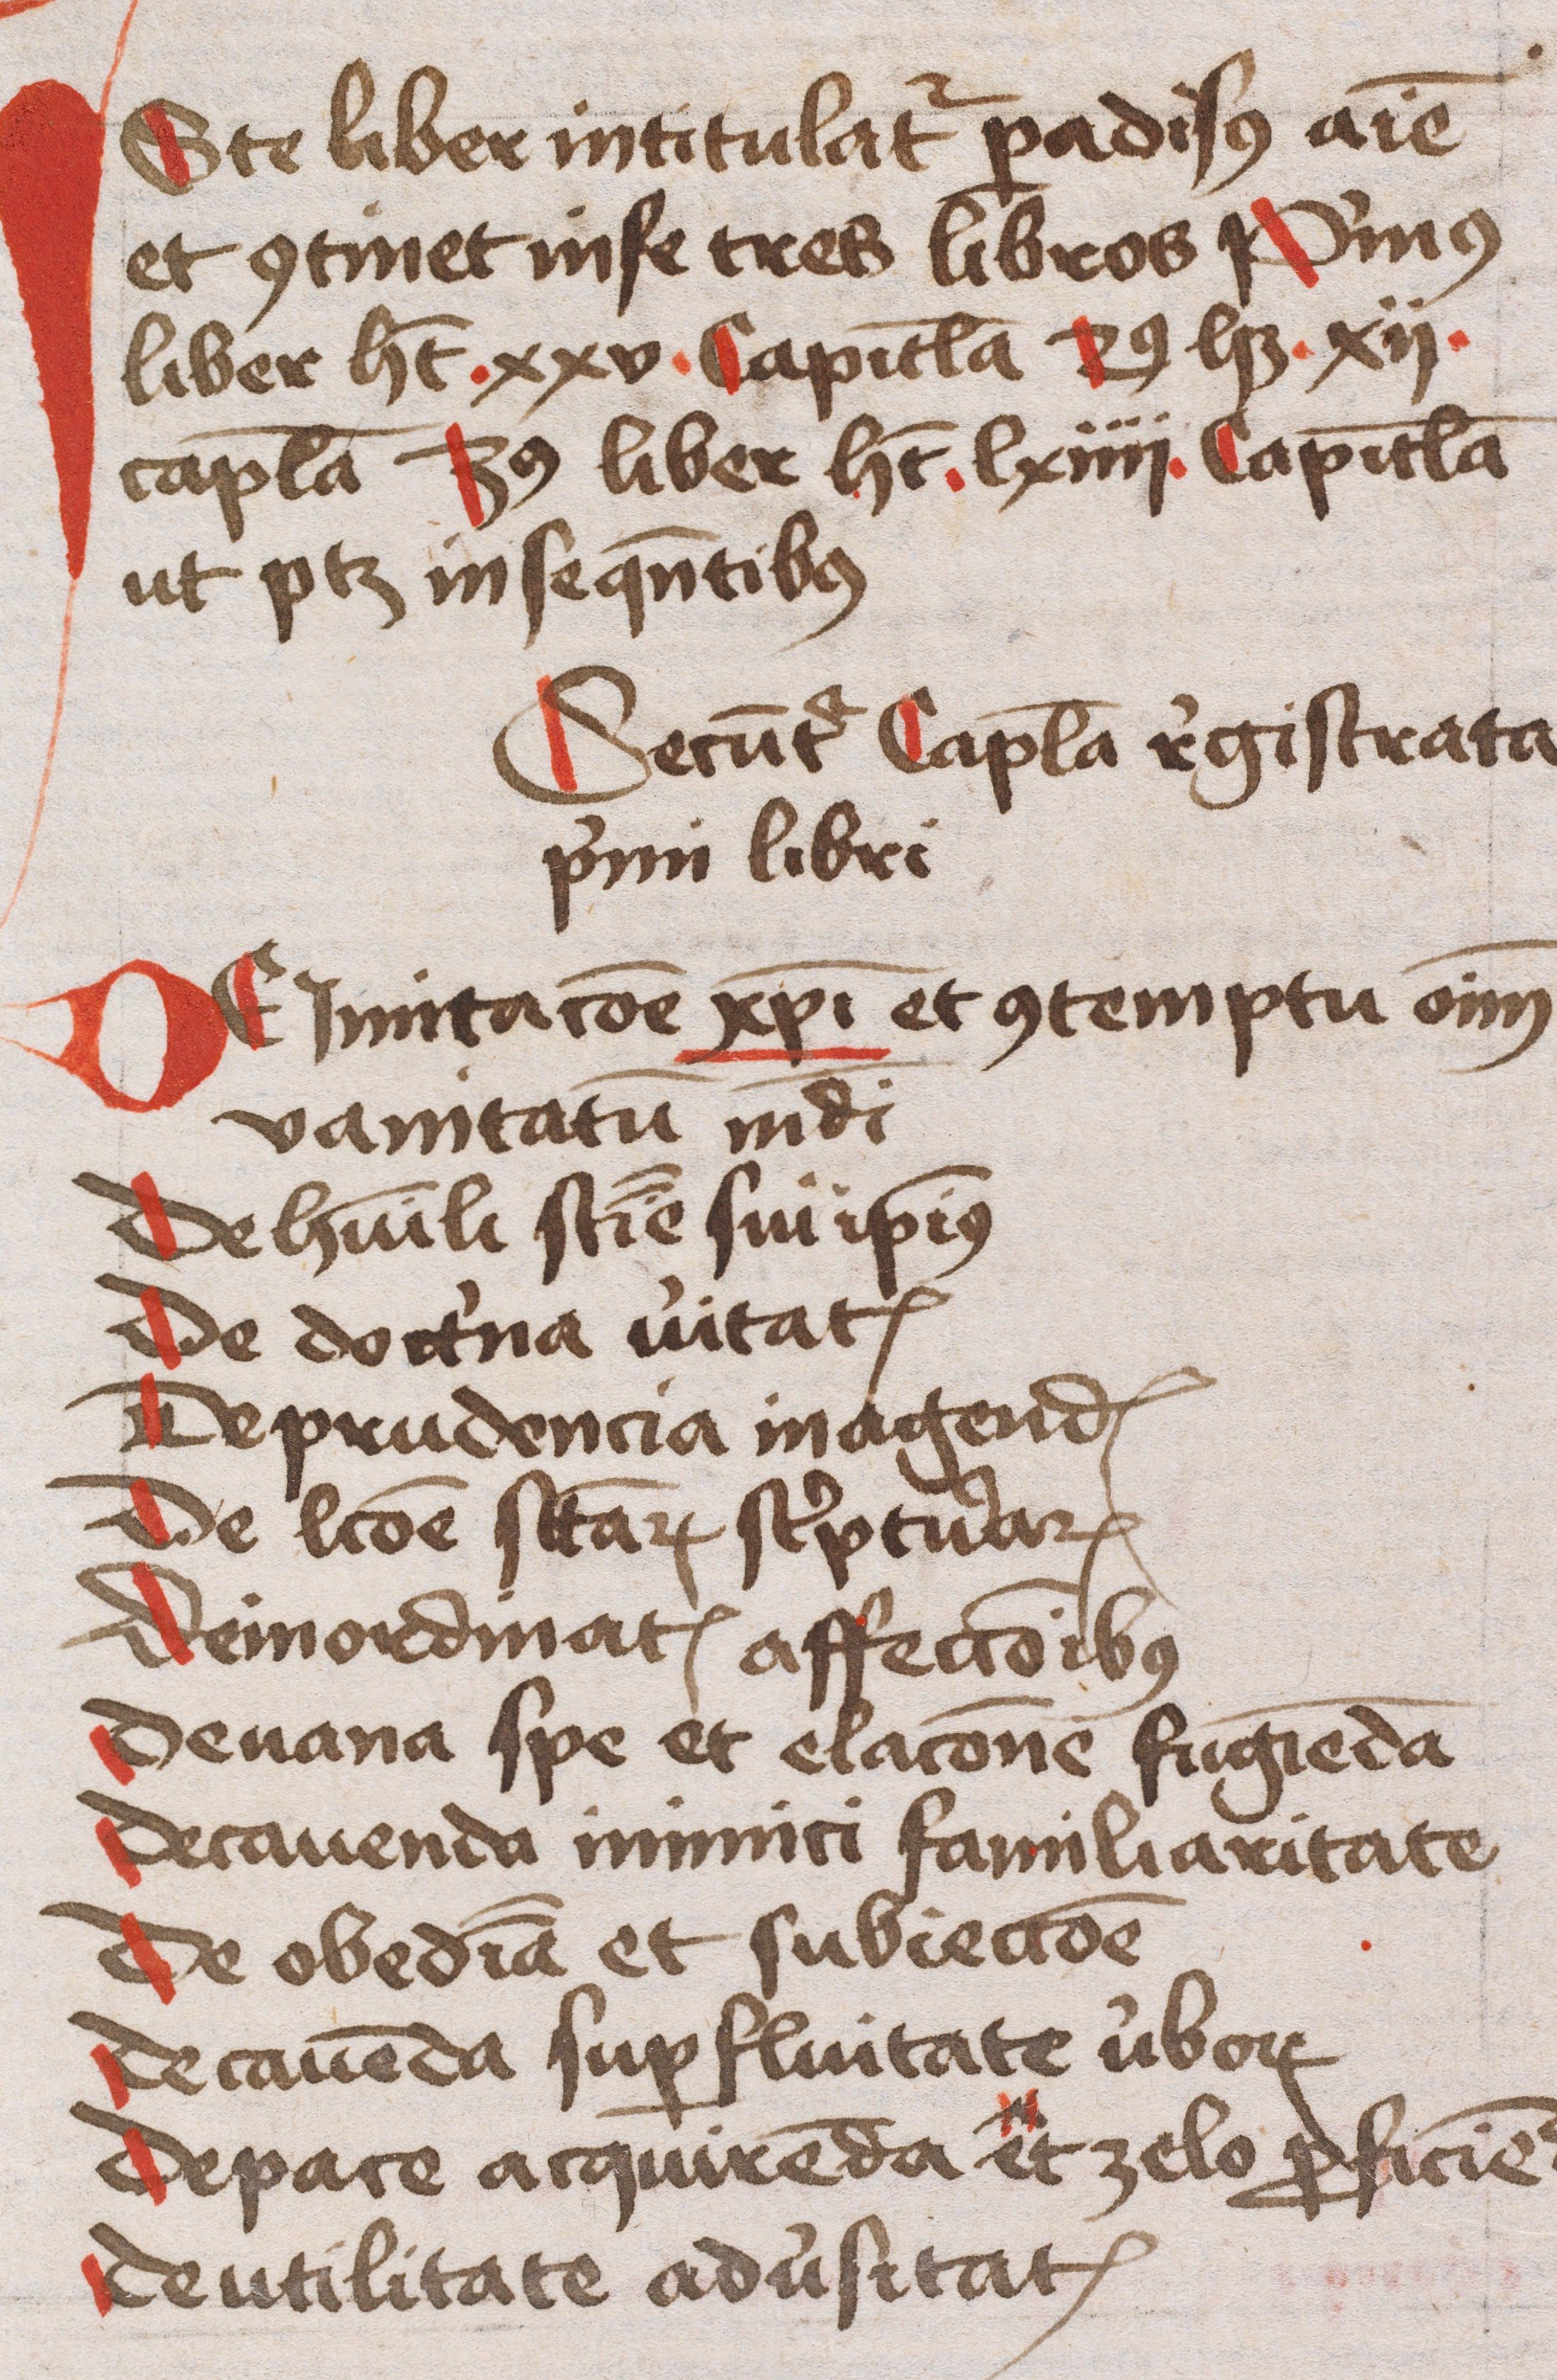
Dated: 1445–1455